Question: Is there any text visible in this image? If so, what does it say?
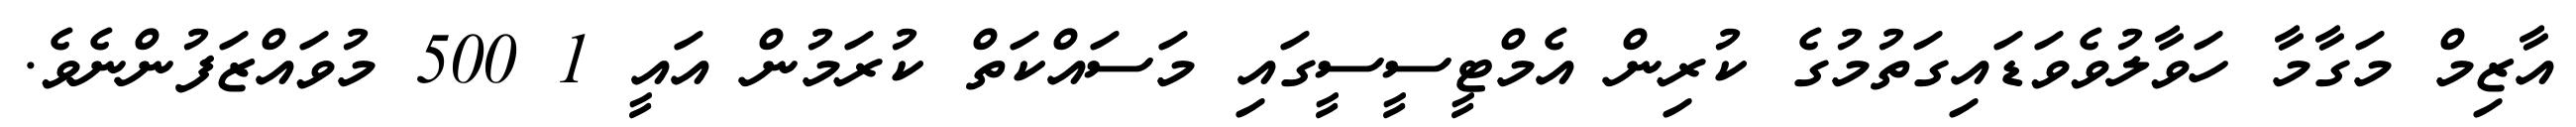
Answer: އާޒިމް މަގާމާ ހަވާލުވެވަޑައިގަތުމުގެ ކުރިން އެމްޓީސީސީގައި މަސައްކަތް ކުރަމުން އައީ 1 500 މުވައްޒަފުންނެވެ.